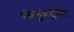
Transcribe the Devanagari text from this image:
चिहुअहुआ